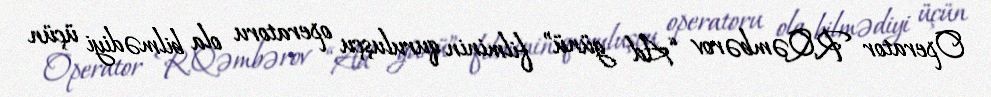
Operator R.Qəmbərov “Ad günü” filminin quruluşçu operatoru ola bilmədiyi üçün